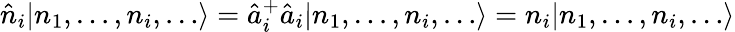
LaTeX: \hat{n}_{i}|n_{1},\dots,n_{i},\dots\rangle=\hat{a}_{i}^{+}\hat{a}_{i}|n_{1},\dots,n_{i},\dots\rangle=n_{i}|n_{1},\dots,n_{i},\dots\rangle